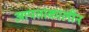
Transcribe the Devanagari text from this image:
आपताकालीन